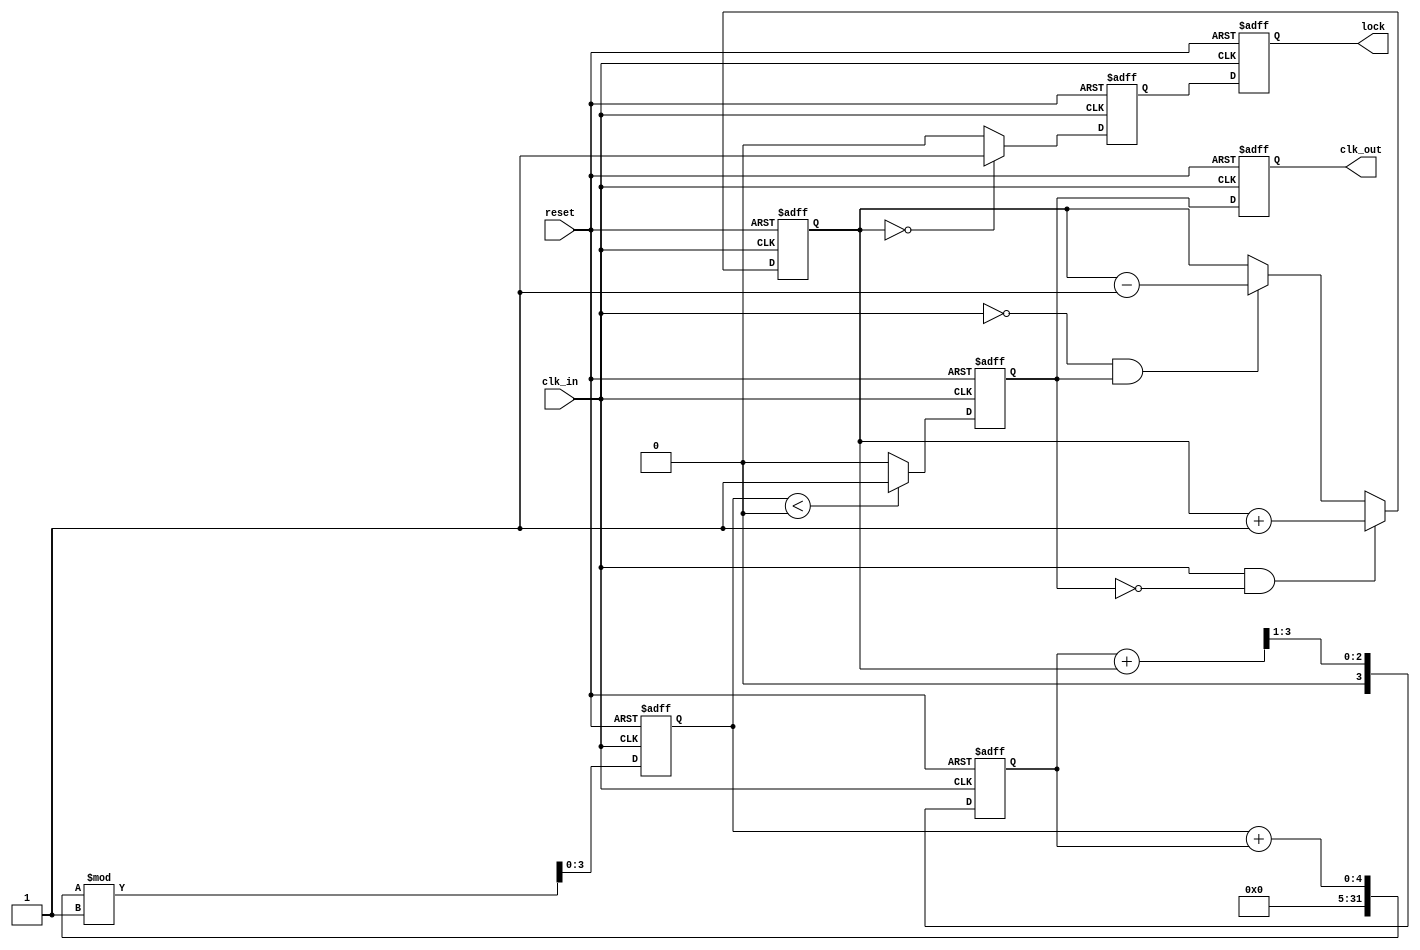
module pll (
    input wire clk_in,           // Incoming data signal
    input wire reset,            // Reset signal
    output reg clk_out,          // Synchronized output clock
    output reg lock              // Lock status indicator
);

    // Parameters for the design
    parameter PHASE_WIDTH = 4;   // Width of phase error signal
    parameter VCO_GAIN = 1;       // Gain of the VCO

    // Internal signals
    reg [PHASE_WIDTH-1:0] phase_error; // Phase error signal
    reg [PHASE_WIDTH-1:0] filter_output; // Loop filter output
    reg vco_output;                // VCO output signal
    reg [PHASE_WIDTH-1:0] memory [0:15]; // Memory block for phase information
    integer mem_index;             // Memory index for phase information
    reg [3:0] vco_counter;         // VCO frequency control counter
    reg locked;                    // Lock state

    // Phase Detector (PD)
    always @(posedge clk_in or posedge reset) begin
        if (reset) begin
            phase_error <= 0;
        end else begin
            // Simple Phase Detector Logic
            // Compare clk_in with vco_output and adjust phase_error
            // This is a simplified model
            if (clk_in && !vco_output)
                phase_error <= phase_error + 1; // vco_output is lagging
            else if (!clk_in && vco_output)
                phase_error <= phase_error - 1; // vco_output is leading
        end
    end

    // Loop Filter
    always @(posedge clk_in or posedge reset) begin
        if (reset) begin
            filter_output <= 0;
        end else begin
            // Simple first-order low-pass filter
            filter_output <= (filter_output + phase_error) >> 1; // Averaging
        end
    end

    // Voltage-Controlled Oscillator (VCO)
    always @(posedge clk_in or posedge reset) begin
        if (reset) begin
            vco_counter <= 0;
            vco_output <= 0;
        end else begin
            // Adjust VCO frequency based on filter output
            vco_counter <= (vco_counter + filter_output) % VCO_GAIN;
            vco_output <= (vco_counter < VCO_GAIN / 2) ? 1 : 0; // Square wave output
        end
    end

    // Memory Block for Phase Information
    always @(posedge clk_in or posedge reset) begin
        if (reset) begin
            mem_index <= 0;
            locked <= 0;
        end else begin
            // Store phase information in memory
            memory[mem_index] <= phase_error;
            mem_index <= (mem_index + 1) % 16; // Circular buffer of size 16

            // Simple lock detection logic
            if (phase_error == 0)
                locked <= 1;
            else
                locked <= 0;
        end
    end

    // Feedback Loop
    always @(posedge clk_in or posedge reset) begin
        if (reset) begin
            clk_out <= 0;
        end else begin
            clk_out <= vco_output; // Feedback VCO output to the output clock
        end
    end

    // Control Logic for Lock Status
    always @(posedge clk_in or posedge reset) begin
        if (reset) begin
            lock <= 0;
        end else begin
            lock <= locked; // Output the lock status
        end
    end

endmodule